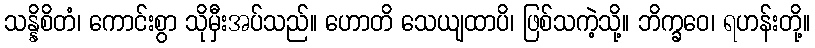
သန္နိစိတံ၊ ကောင်းစွာ သိုမှီးအပ်သည်။ ဟောတိ သေယျထာပိ၊ ဖြစ်သကဲ့သို့။ ဘိက္ခဝေ၊ ရဟန်းတို့။